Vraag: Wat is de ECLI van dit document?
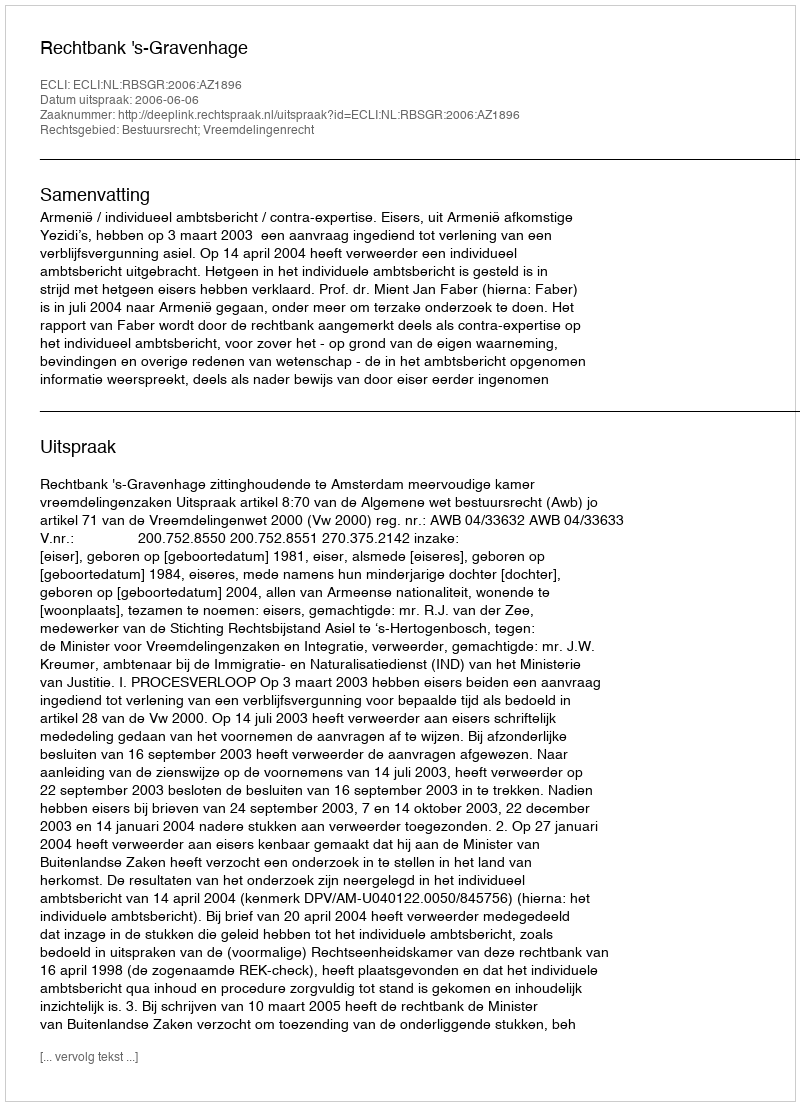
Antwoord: ECLI:NL:RBSGR:2006:AZ1896